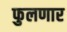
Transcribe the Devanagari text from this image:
फुलणार